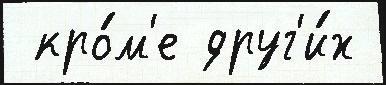
 кро́м'е друг'и́х